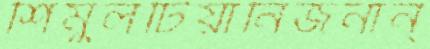
শিমুলটিয়ানিজনান্